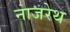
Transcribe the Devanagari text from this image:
नाजरेथ